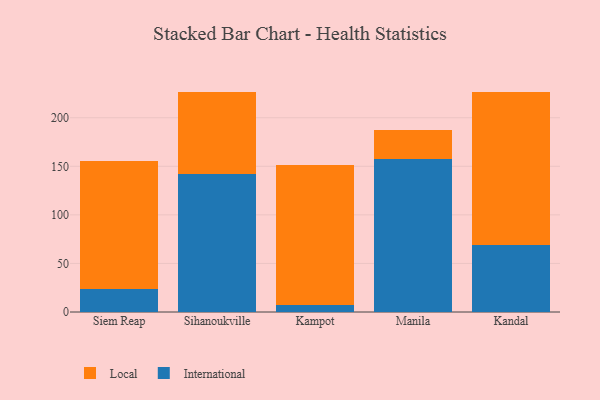
{"axis": {"x": "City", "y": "Page Views"}, "legend": ["International", "Local"], "data": [{"x": "Siem Reap", "y": 23.8, "type": "International"}, {"x": "Siem Reap", "y": 131.5, "type": "Local"}, {"x": "Sihanoukville", "y": 141.7, "type": "International"}, {"x": "Sihanoukville", "y": 84.6, "type": "Local"}, {"x": "Kampot", "y": 6.9, "type": "International"}, {"x": "Kampot", "y": 144.3, "type": "Local"}, {"x": "Manila", "y": 157.1, "type": "International"}, {"x": "Manila", "y": 30.2, "type": "Local"}, {"x": "Kandal", "y": 69.4, "type": "International"}, {"x": "Kandal", "y": 157.5, "type": "Local"}]}